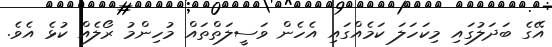
އޭގެ ބަދަލުގައި މިކަހަލަ ކަމެއްގައި އެހެން ވަސީލަތްތައް މުހިންމު ރޯލެއް ކުޅެ އެވެ.